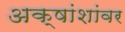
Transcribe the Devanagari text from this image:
अक्षांशांवर